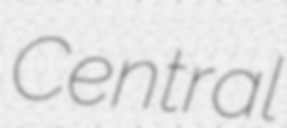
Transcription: Central